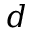
d